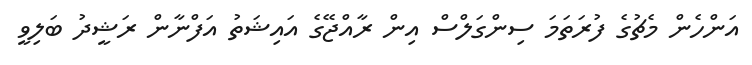
އަންހެން މެޗުގެ ފުރަތަމަ ސިންގަލްސް އިން ރާއްޖޭގެ އައިޝަތު އަފްނާން ރަޝީދު ބަލިވީ